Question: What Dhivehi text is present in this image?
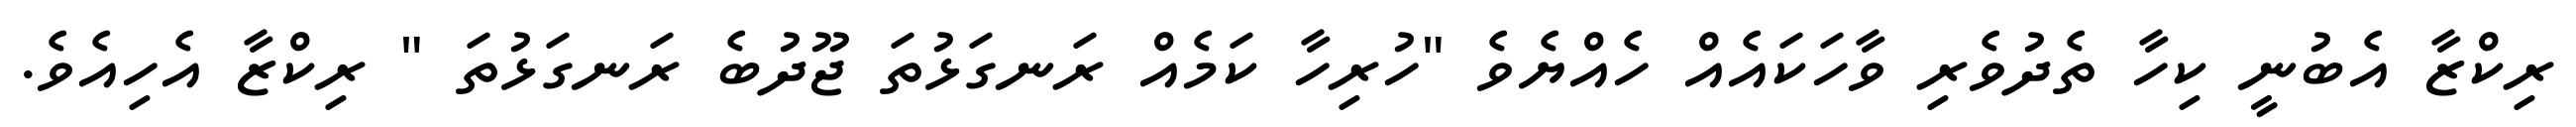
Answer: ރިކްޒާ އެބުނީ ކިހާ ތެދުވެރި ވާހަކައެއް ހެއްޔެވެ "ހުރިހާ ކަމެއް ރަނގަޅުތަ ޖޫދުބެ ރަނގަޅުތަ " ރިކްޒާ އެހިއެވެ.